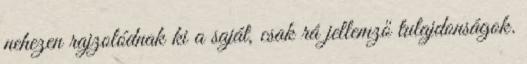
nehezen rajzolódnak ki a saját, csak rá jellemző tulajdonságok.